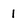
Character: 1